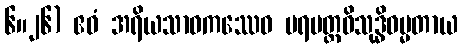
၆။၂၆) ဧဝံ အရိယသာဝကဿေဝ ပရမတ္ထဝိသုဒ္ဓိဓမ္မတာယ